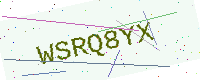
Text: WSRQ8YX